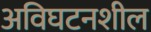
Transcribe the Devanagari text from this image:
अविघटनशील